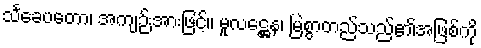
သင်္ခေပတော၊ အကျဉ်းအားဖြင့်။ မူလဋ္ဌေန၊ မြဲစွာတည်သည်၏အဖြစ်ကို